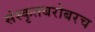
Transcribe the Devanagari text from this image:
संस्कृतबरोबरच